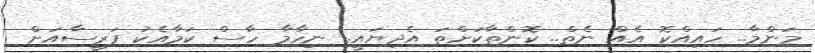
މަންމާ.. ހައިއްކޮ އެއް ނެތް.. ކޮންތާކަށްތަ އެދިޔައީ.. ނިހާމާ ހާސް ކަމާއެކު ފަރީސާއަށް